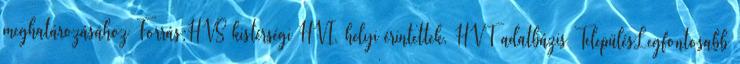
meghatározásához Forrás:HVS kistérségi HVI, helyi érintettek, HVT adatbázis TelepülésLegfontosabb